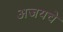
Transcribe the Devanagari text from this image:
अजयचे